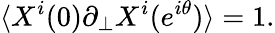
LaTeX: \langle X^{i}(0)\partial_{\perp}X^{i}(e^{i\theta})\rangle=1.